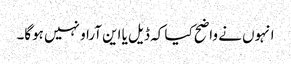
انہوں نے واضح کیا کہ ڈیل یا این آراو نہیں ہوگا۔